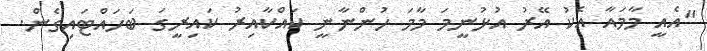
"އެއީ މާމައާ އެކު އޭރު އުޅުނީމަ މާމަ ހުންނާނީ ކައްކާއިރު ކައިރީގަ ބަހައްޓައިގެން.